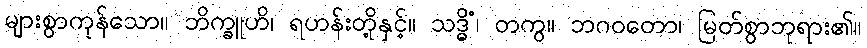
များစွာကုန်သော။ ဘိက္ခူဟိ၊ ရဟန်းတို့နှင့်။ သဒ္ဓိံ၊ တကွ။ ဘဂဝတော၊ မြတ်စွာဘုရား၏။